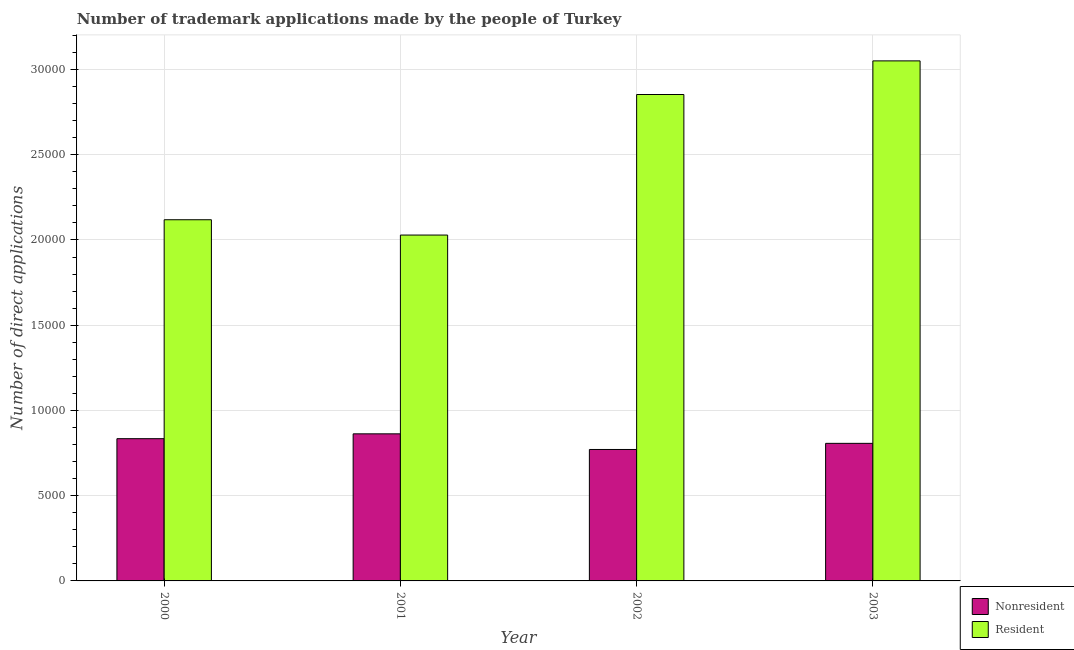
| Year | Nonresident | Resident |
 | --- | --- | --- |
 | 2000 | 8.34e+03 | 2.12e+04 |
 | 2001 | 8.63e+03 | 2.03e+04 |
 | 2002 | 7.71e+03 | 2.85e+04 |
 | 2003 | 8.07e+03 | 3.05e+04 |